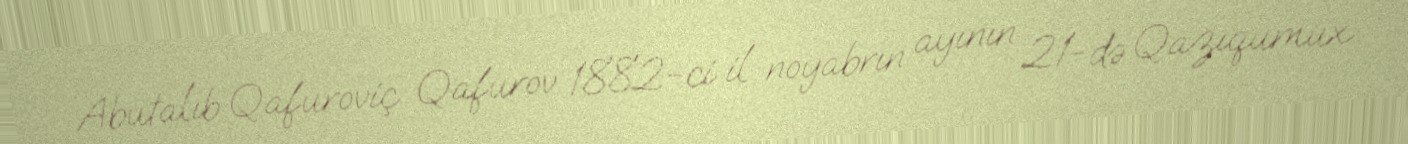
Abutalıb Qafuroviç Qafurov 1882-ci il noyabrın ayının 21-də Qazıqumux